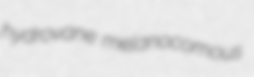
hydrovane melanocomous